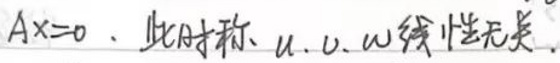
$Ax = 0$, 此时称\(u,v,w\)线性无关.